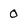
Character: 0